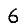
Digit: 6